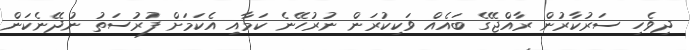
ދިވެހި ސަރުކާރުން ރާއްޖޭގެ ބައެއް ވަކިކުރަން ނުރުހޭނެ ކަމާއި އެކަމަށް ފުރުސަތު ނުދޭނެކަން